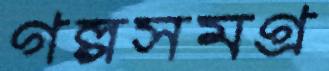
গল্পসমগ্র